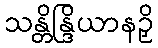
သန္တိန္ဒြိယာနဉှိ